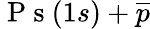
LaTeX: {\mathrm{~P~s~}(1s)+\overline{{p}}}